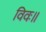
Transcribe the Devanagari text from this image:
विवः॥